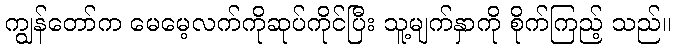
ကျွန်တော်က မေမေ့လက်ကိုဆုပ်ကိုင်ပြီး သူ့မျက်နှာကို စိုက်ကြည့် သည်။